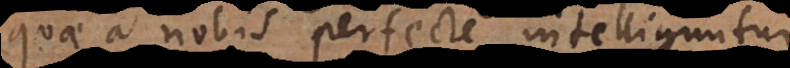
quae a nobis perfecte intelliguntur,